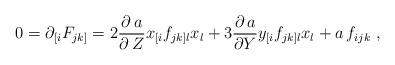
LaTeX: \begin{align*}0=\partial_{[i} F_{jk]}=2\frac{\partial \, a}{\partial \, Z} x_{[i}f_{jk]l}x_l+ 3 \frac{\partial \, a}{\partial Y} y_{[i} f_{jk]l} x_l +a \, f_{ijk} \ , \end{align*}